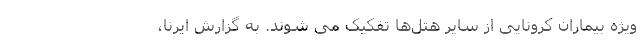
ویژه بیماران کرونایی از سایر هتل‌ها تفکیک می شوند. به گزارش ایرنا،